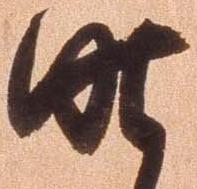
昨